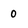
Character: 0